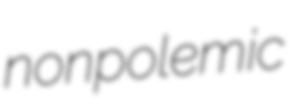
nonpolemic